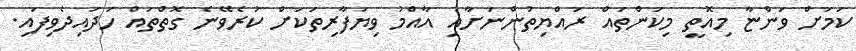
ކަމަށް ވަންޏާ މިއޮތީ މިކަންތައް ރައްޔިތުންނަށާއި އާއްމު ވިޔަފާރިތަކަށް ކުރެވޭނެ ގޮތްތައް ހަދައިދެވިފައި.